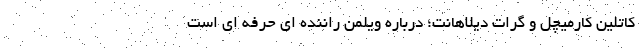
کاتلین کارمیچل و گرات دیلاهانت؛ درباره ویلمن راننده ای حرفه ای است